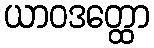
ယာဝဒတ္ထော